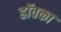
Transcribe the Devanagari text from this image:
हॉवका